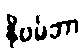
နိုဗမ်ဘာ